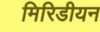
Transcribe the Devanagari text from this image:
मिरिडीयन